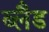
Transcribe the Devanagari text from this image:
ब्लैड